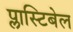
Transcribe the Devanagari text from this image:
प्लास्टिबेल